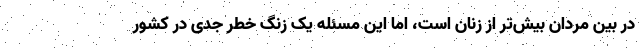
در بین مردان بیش‌تر از زنان است، اما این مسئله یک زنگ خطر جدی در کشور